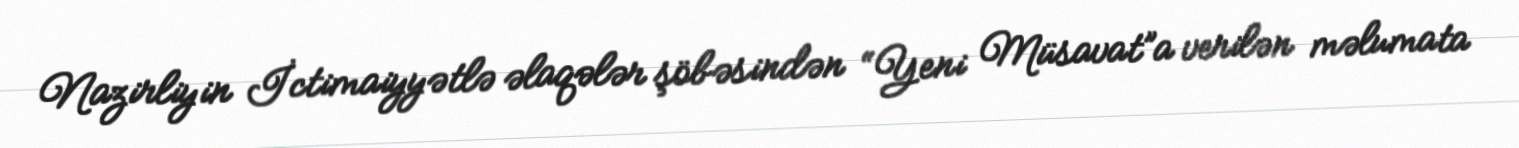
Nazirliyin İctimaiyyətlə əlaqələr şöbəsindən “Yeni Müsavat”a verilən məlumata